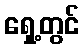
ရှေ့တွင်